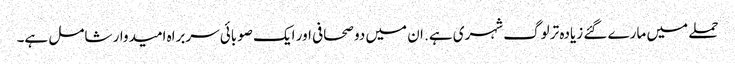
حملے میں مارے گئے زیادہ تر لوگ شہری ہے. ان میں دو صحافی اور ایک صوبائی سربراہ امیدوار شامل ہے۔